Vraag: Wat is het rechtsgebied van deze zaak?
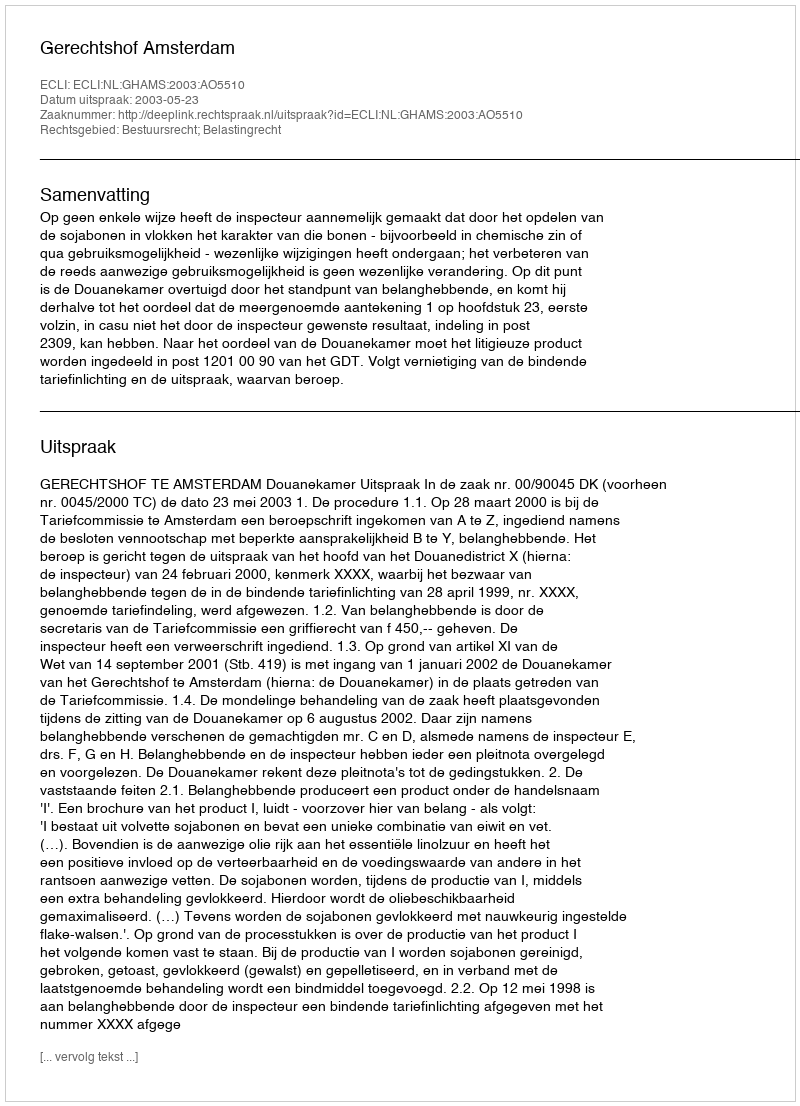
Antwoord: Bestuursrecht; Belastingrecht